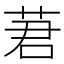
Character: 莙